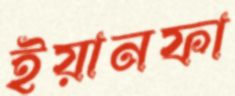
ইয়ানফা